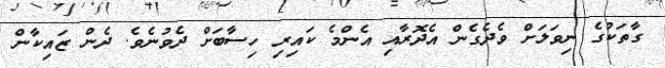
ގާތަކުގެ ނިވަލަށް ވެދެގެން އެދޮރާއި އެންމެ ކައިރި ހިސާބަށް ދެވުނެވެ. ދެން ޒައިކާން